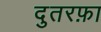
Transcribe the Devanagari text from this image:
दुतरफ़ा